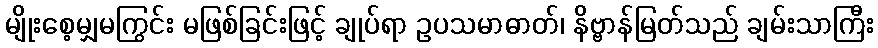
မျိုးစေ့မျှမကြွင်း မဖြစ်ခြင်းဖြင့် ချုပ်ရာ ဥပသမာဓာတ်၊ နိဗ္ဗာန်မြတ်သည် ချမ်းသာကြီး